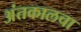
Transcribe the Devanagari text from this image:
अंतकालचा